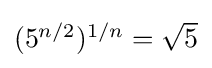
{\textstyle (5^{n/2})^{1/n}={\sqrt {5}}}